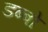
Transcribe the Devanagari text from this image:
डब्बो